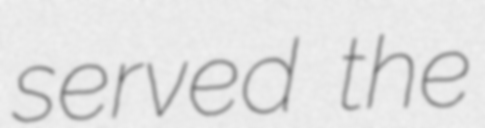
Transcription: served the